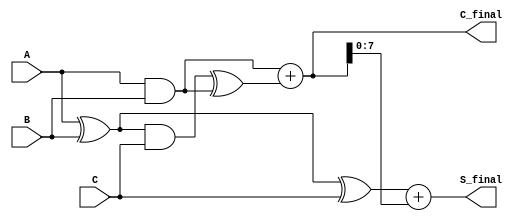
module carry_save_adder (
    input [N-1:0] A, // First operand
    input [N-1:0] B, // Second operand
    input [N-1:0] C, // Third operand
    output [N-1:0] S_final, // Final sum output
    output [N:0] C_final // Final carry output
);
    parameter N = 8; // Bit-width of the operands

    // Stage 1: Calculate Partial Sum and Carry
    wire [N-1:0] S1; // Partial sum from A and B
    wire [N-1:0] C1; // Carry from A and B

    assign S1 = A ^ B; // Partial sum S1 = A XOR B
    assign C1 = A & B; // Carry C1 = A AND B

    // Stage 2: Combine S1 with C
    wire [N-1:0] S2; // Second partial sum
    wire [N-1:0] C2; // Second carry

    assign S2 = S1 ^ C; // Partial sum S2 = S1 XOR C
    assign C2 = (S1 & C) ^ C1; // Carry C2 = (S1 AND C) XOR C1

    // Final Carry Calculation
    wire [N:0] C_intermediate; // Intermediate carry for final addition
    assign C_intermediate = C1 + C2; // Final carry = C1 + C2

    // Final Sum Calculation
    assign S_final = S2 + C_intermediate[N-1:0]; // Final sum = S2 + C_final

    // Final Carry Output
    assign C_final = C_intermediate; // Final carry output

endmodule